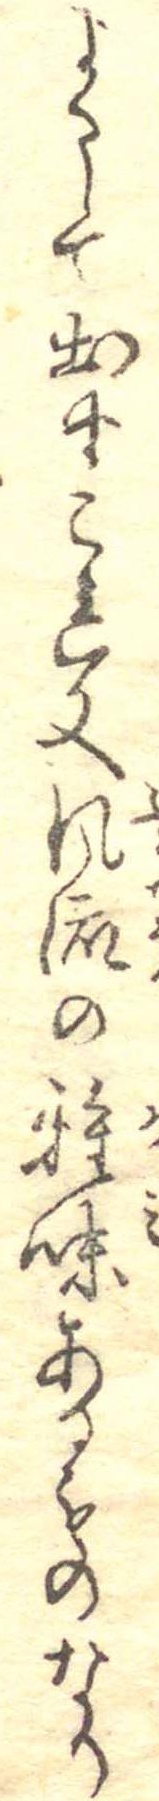
よくして出すこれ又風流の雅味あるものなり